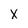
Character: x